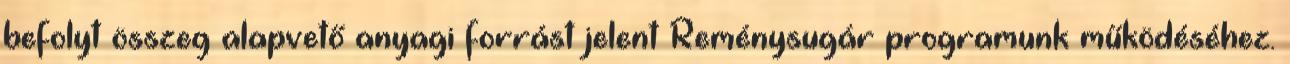
befolyt összeg alapvető anyagi forrást jelent Reménysugár programunk működéséhez.